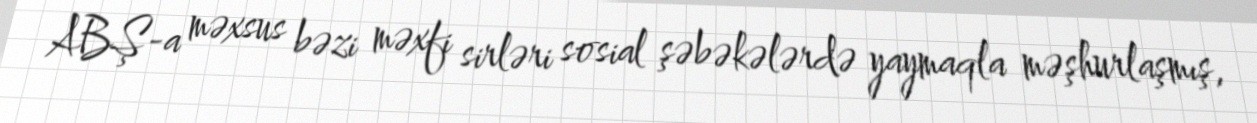
ABŞ-a məxsus bəzi məxfi sirləri sosial şəbəkələrdə yaymaqla məşhurlaşmış,